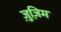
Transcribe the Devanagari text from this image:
ज़ुज़िम